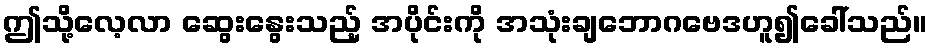
ဤသို့လေ့လာ ဆွေးနွေးသည့် အပိုင်းကို အသုံးချဘောဂဗေဒဟူ၍ခေါ်သည်။